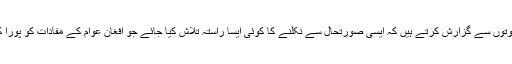
انہوں نے کہا کہ ہم تعمیری جذبے سے ملک کی سیاسی قوتوں سے گزارش کرتے ہیں کہ ایسی صورتحال سے نکلنے کا کوئی ایسا راستہ تلاش کیا جائے جو افغان عوام کے مفادات کو پورا کرے اور افغانستان میں دیرپا امن کے قیام کو یقینی بنائے۔